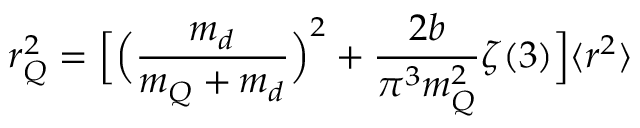
r _ { Q } ^ { 2 } = \Bigl [ \Bigl ( { \frac { m _ { d } } { m _ { Q } + m _ { d } } } \Bigr ) ^ { 2 } + { \frac { 2 b } { \pi ^ { 3 } m _ { Q } ^ { 2 } } } \zeta ( 3 ) \Bigr ] \langle r ^ { 2 } \rangle